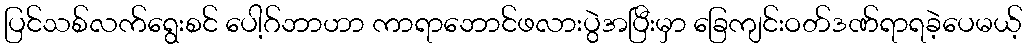
ပြင်သစ်လက်ရွေးစင် ပေါ့ဂ်ဘာဟာ ကာရာဘောင်ဖလားပွဲအပြီးမှာ ခြေကျင်းဝတ်ဒဏ်ရာရခဲ့ပေမယ့်